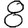
Digit: 8